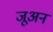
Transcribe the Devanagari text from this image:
जूअन